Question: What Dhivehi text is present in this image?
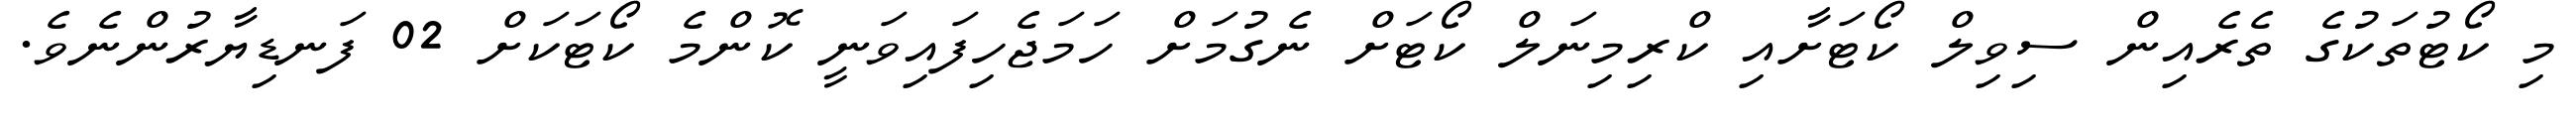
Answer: މި ކޯޓުތަކުގެ ތެރެއިން ސިވިލް ކޯޓަށާއި ކްރިމިނަލް ކޯޓަށް ނެގުމަށް ހަމަޖެހިފައިވަނީ ކޮންމެ ކޯޓަކަށް 02 ފަނޑިޔާރުންނެވެ.